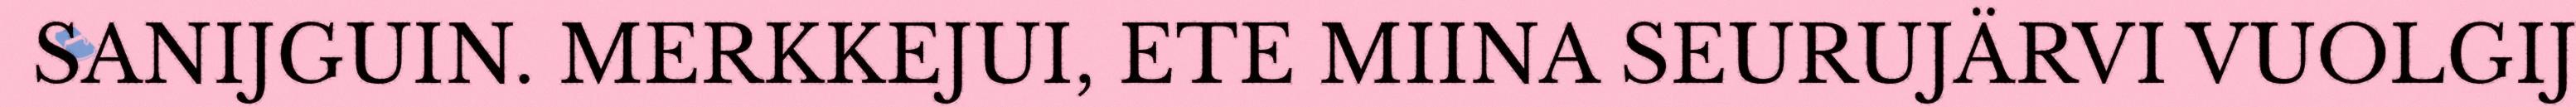
SANIJGUIN. MERKKEJUI, ETE MIINA SEURUJÄRVI VUOLGIJ